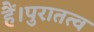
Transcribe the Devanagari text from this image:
हैं।पुरातत्व